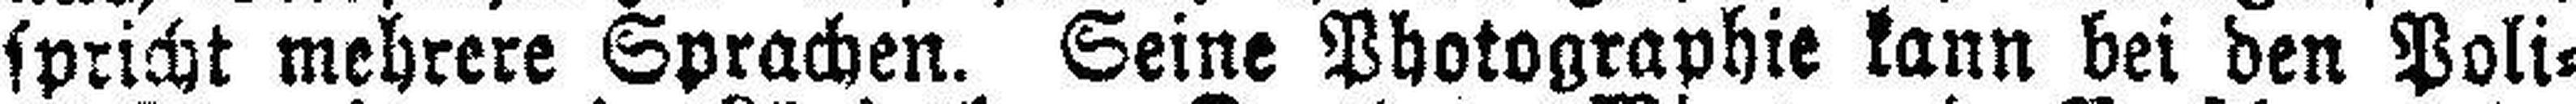
spricht mehrere Sprachen. Seine Photographie kann bei den Poli¬